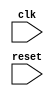
module timing_control_block (
    input wire clk,         // input clock signal
    input wire reset,       // reset signal
    // other input/output signals for baud rate, start/stop bit timing, data sampling
);
    // implementation code for generating necessary clock signals 
    // and ensuring proper timing for UART bus communication
endmodule